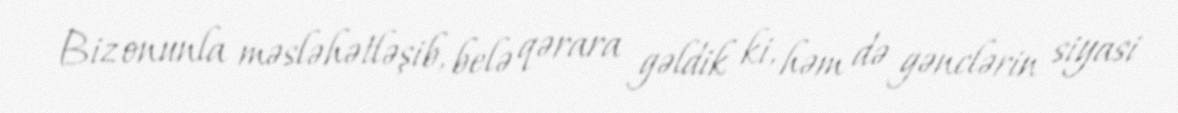
Biz onunla məsləhətləşib, belə qərara gəldik ki, həm də gənclərin siyasi